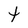
Character: t